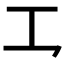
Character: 𪛜